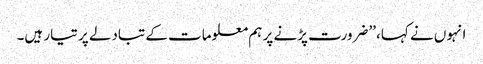
انہوں نے کہا، ’’ضرورت پڑنے پر ہم معلومات کے تبادلے پر تیار ہیں۔